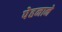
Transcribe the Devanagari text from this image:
पेहनाने